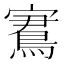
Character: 𡫕